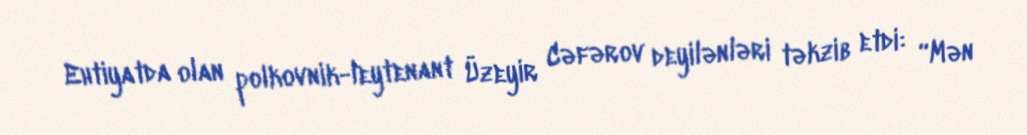
Ehtiyatda olan polkovnik-leytenant Üzeyir Cəfərov deyilənləri təkzib etdi: “Mən